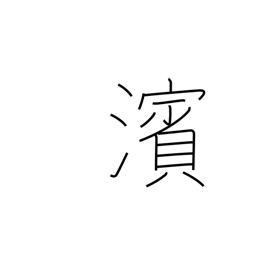
Meaning: river bank